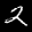
Label: 2